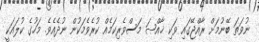
ނުވަތަ ބޭނުމަށް ރާއްޖޭގައި ވަކި ޚާއްޞަ މަސްވެރިކަމެއް ކުރެވެމަކުން ނުދެއެވެ. މަހުގެ ކުލައަކީ